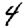
Digit: 4